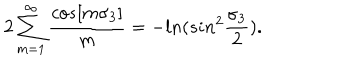
2 \sum _ { m = 1 } ^ { \infty } { \frac { c o s [ m \sigma _ { 3 } ] } { m } } = - l n ( s i n ^ { 2 } { \frac { \sigma _ { 3 } } { 2 } } ) .